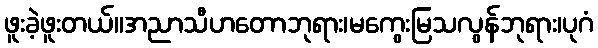
ဖူးခဲ့ဖူးတယ်။အညာသီဟတောဘုရား၊မကွေးမြသလွန်ဘုရား၊ပုဂံ